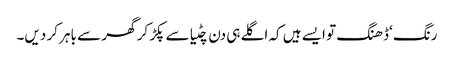
رنگ ‘ڈھنگ تو ایسے ہیں کہ اگلے ہی دن چٹیا سے پکڑ کر گھر سے باہر کر دیں۔